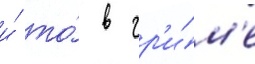
и́ то́ в гр'и́м'е